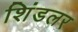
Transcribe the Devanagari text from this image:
शिंडलर